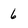
Character: 6